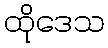
ထိုဒေသ